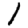
Digit: 1